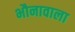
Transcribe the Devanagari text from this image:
भौनावाला